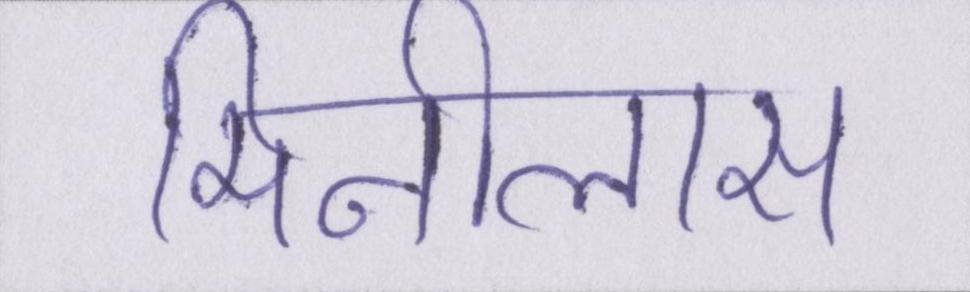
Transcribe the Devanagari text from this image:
मिनीलास